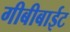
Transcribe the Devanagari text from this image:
गीबीबाईट